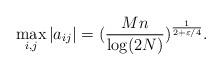
LaTeX: \begin{align*}\max_{i,j}\vert a_{ij}\vert=(\frac{Mn}{\log(2N)})^{\frac{1}{2+\varepsilon/4}}.\end{align*}